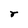
Character: r